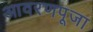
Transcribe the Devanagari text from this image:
आवरणपूजा